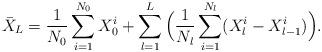
LaTeX: \begin{align*}\bar{X}_{L}=\frac{1}{N_{0}}\sum^{N_{0}}_{i=1}X_{0}^{i}+\sum^{L}_{l=1}\Big(\frac{1}{N_{l}}\sum^{N_{l}}_{i=1}(X_{l}^{i}-X_{l-1}^{i})\Big).\end{align*}